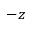
- z